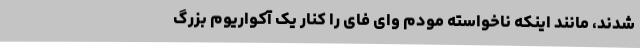
شدند، مانند اینکه ناخواسته مودم وای فای را کنار یک آکواریوم بزرگ